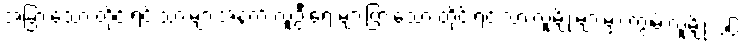
အခြားသော တိုင်းရင်းသားများအနက် လူဦးရေ များပြားသော တိုင်းရင်းသားလူမျိုးများမှာ ကျွမ်းလူမျိုး ၁၆